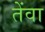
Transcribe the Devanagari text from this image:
तेंवा